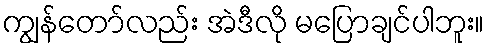
ကျွန်တော်လည်း အဲဒီလို မပြောချင်ပါဘူး။